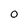
Character: 0